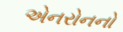
એનરોનનો